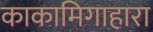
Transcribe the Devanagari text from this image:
काकामिगाहारा